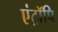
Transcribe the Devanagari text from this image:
एंट्रॉपि